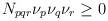
\begin{align*}N_{pqr}\nu _{p}\nu _{q}\nu _{r}\geq 0\end{align*}